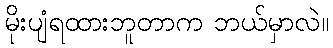
မိုးပျံရထားဘူတာက ဘယ်မှာလဲ။